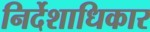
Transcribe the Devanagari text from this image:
निर्देशाधिकार